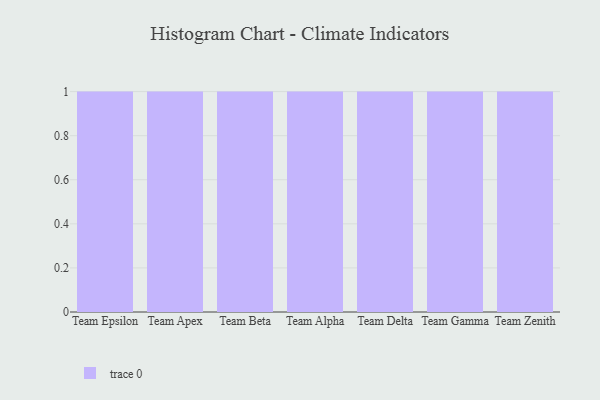
{"axis": {"x": "Team", "y": "Population (Million)"}, "legend": [""], "data": [{"x": "Team Epsilon", "y": 40, "type": ""}, {"x": "Team Apex", "y": 58, "type": ""}, {"x": "Team Beta", "y": 55, "type": ""}, {"x": "Team Alpha", "y": 15, "type": ""}, {"x": "Team Delta", "y": 49, "type": ""}, {"x": "Team Gamma", "y": 7, "type": ""}, {"x": "Team Zenith", "y": 69, "type": ""}]}